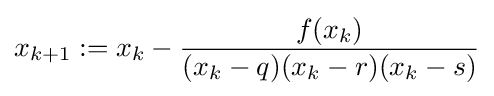
x_{k+1}:=x_{k}-{\frac {f(x_{k})}{(x_{k}-q)(x_{k}-r)(x_{k}-s)}}